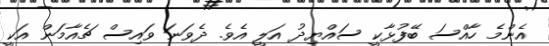
އެންމެ ހާއްސަ ބޭފުޅާކީ ސައްޔިދު އަލީ އެވެ. ދެވަނަ ވައިސް ޗެއާމަން އަކީ